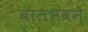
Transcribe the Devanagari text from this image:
बालभवने